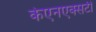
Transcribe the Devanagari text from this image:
केएनएक्सटी